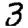
Digit: 3